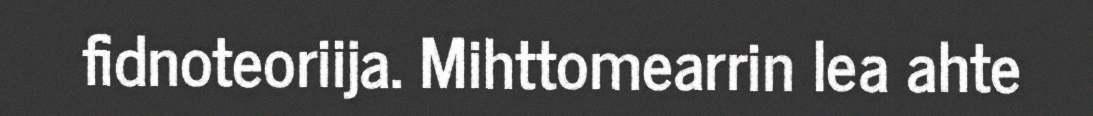
fidnoteoriija. Mihttomearrin lea ahte